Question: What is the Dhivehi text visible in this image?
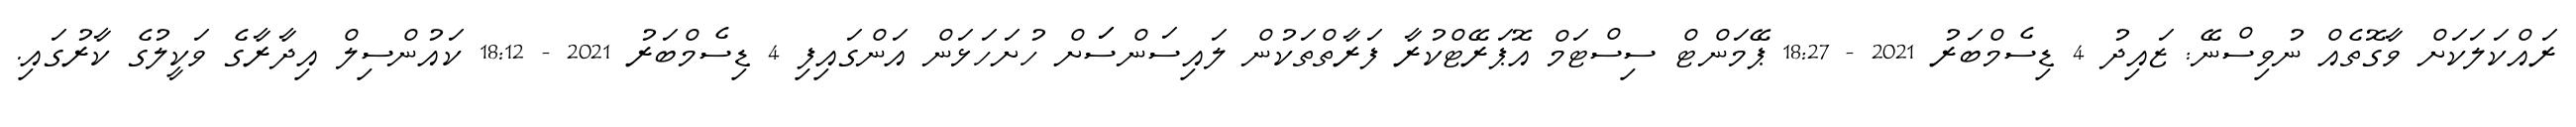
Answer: ރައްކަލަކަށް ވާގޮތެއް ނުވިސްނޭ: ޒައިދު 4 ޑިސެމްބަރު 2021 - 18:27 ޕޭމަންޓް ސިސްޓަމް އޮޕަރޭޓްކުރާ ފަރާތްތަކުން ލައިސަންސަަށް ހުށަހަޅަން އަންގައިފި 4 ޑިސެމްބަރު 2021 - 18:12 ކައުންސިލް އިދާރާގެ ވަކީލުގެ ކާރުގައި.